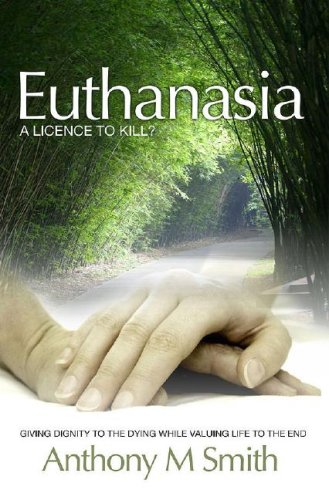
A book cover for Euthanasia; Anthony M. Smith; Medical Books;